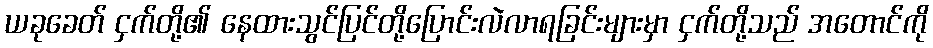
ယခုခေတ် ငှက်တို့၏ နေထားသွင်ပြင်တို့ပြောင်းလဲလာရခြင်းများမှာ ငှက်တို့သည် အတောင်ကို